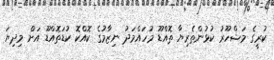
ކުރީގެ މަޝްހޫރު ކުޅުންތެރިޔާ ތޮއްޑޫ މުހައްމަދު ނިޒާމުގެ ކޮއްކޮ ކުޑަތޮއްޑޫ އަށް މިދިޔަ